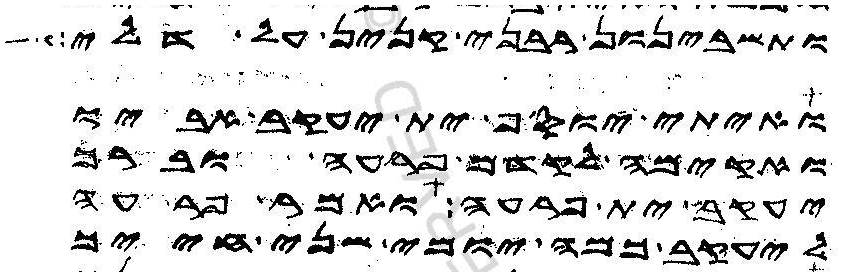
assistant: ותשבינון רבני קנין על דלי
ואיתי יוסף ית יעקב אביו
ואקימה לקדם פרעה וברך
יעקב ית פרעה ואמר פרעה
ליעקב כמה יומי שני חייך